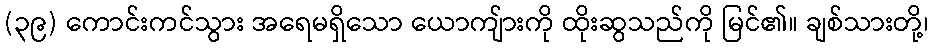
(၃၉) ကောင်းကင်သွား အရေမရှိသော ယောကျ်ားကို ထိုးဆွသည်ကို မြင်၏။ ချစ်သားတို့၊